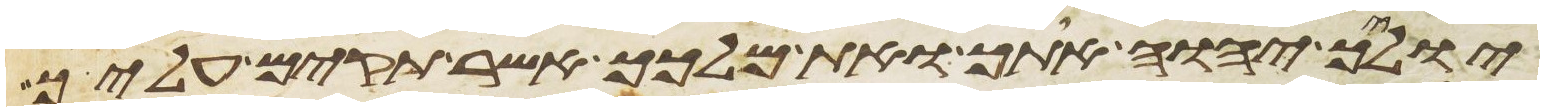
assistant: יוליך יהוה אתך ואת מלכך אשר תקים עליך